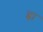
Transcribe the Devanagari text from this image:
ह्ना